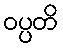
ဝပ္ပတိ